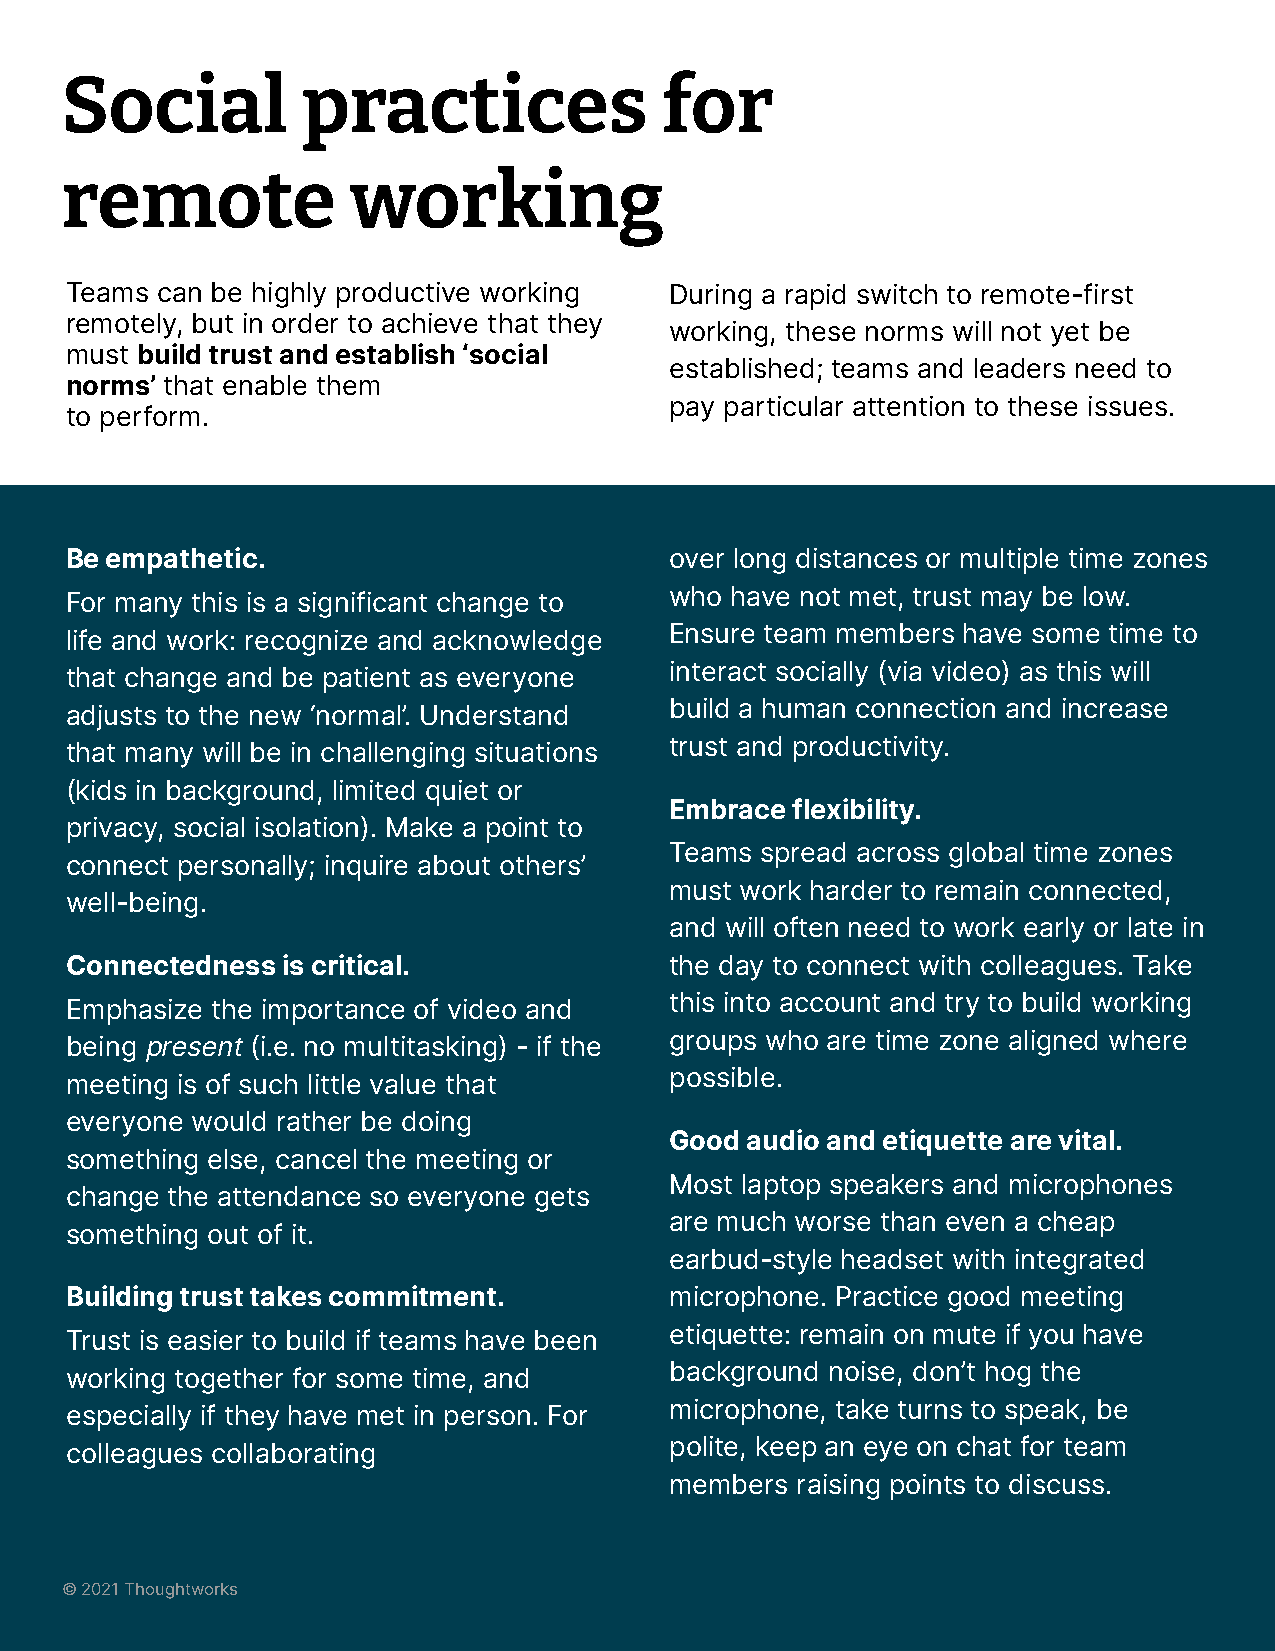
Social          practices               for
 remote             working
 Teams can be highly productive working  During a rapid switch to remote-first
 remotely, but in order to achieve that they
 working, these norms will not yet be
 must build trust and establish ‘social
 established; teams and leaders need to
 norms’ that enable them
 pay particular attention to these issues.
 to perform.
 Be empathetic.                          over long distances or multiple time zones
 who have not met, trust may be low.
 For many this is a significant change to
 Ensure team members have some time to
 life and work: recognize and acknowledge
 interact socially (via video) as this will
 that change and be patient as everyone
 build a human connection and increase
 adjusts to the new ‘normal’. Understand
 trust and productivity.
 that many will be in challenging situations
 (kids in background, limited quiet or
 Embrace flexibility.
 privacy, social isolation). Make a point to
 Teams spread across global time zones
 connect personally; inquire about others’
 must work harder to remain connected,
 well-being.
 and will often need to work early or late in
 Connectedness  is critical.             the day to connect with colleagues. Take
 this into account and try to build working
 Emphasize the importance of video and
 groups who are time zone aligned where
 being present (i.e. no multitasking) - if the
 possible.
 meeting is of such little value that
 everyone would rather be doing
 Good audio and etiquette are vital.
 something else, cancel the meeting or
 Most laptop speakers and microphones
 change the attendance so everyone gets
 are much worse than even a cheap
 something out of it.
 earbud-style headset with integrated
 Building trust takes commitment.        microphone. Practice good meeting
 etiquette: remain on mute if you have
 Trust is easier to build if teams have been
 background noise, don’t hog the
 working together for some time, and
 microphone, take turns to speak, be
 especially if they have met in person. For
 polite, keep an eye on chat for team
 colleagues collaborating
 members  raising points to discuss.
 © 2021 Thoughtworks
 © 2021 Thoughtworks